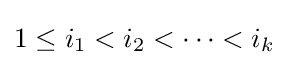
{\textstyle 1\leq i_{1}<i_{2}<\cdots <i_{k}}